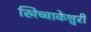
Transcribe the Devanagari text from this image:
खिच्चाकेश्वरी